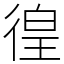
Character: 徨